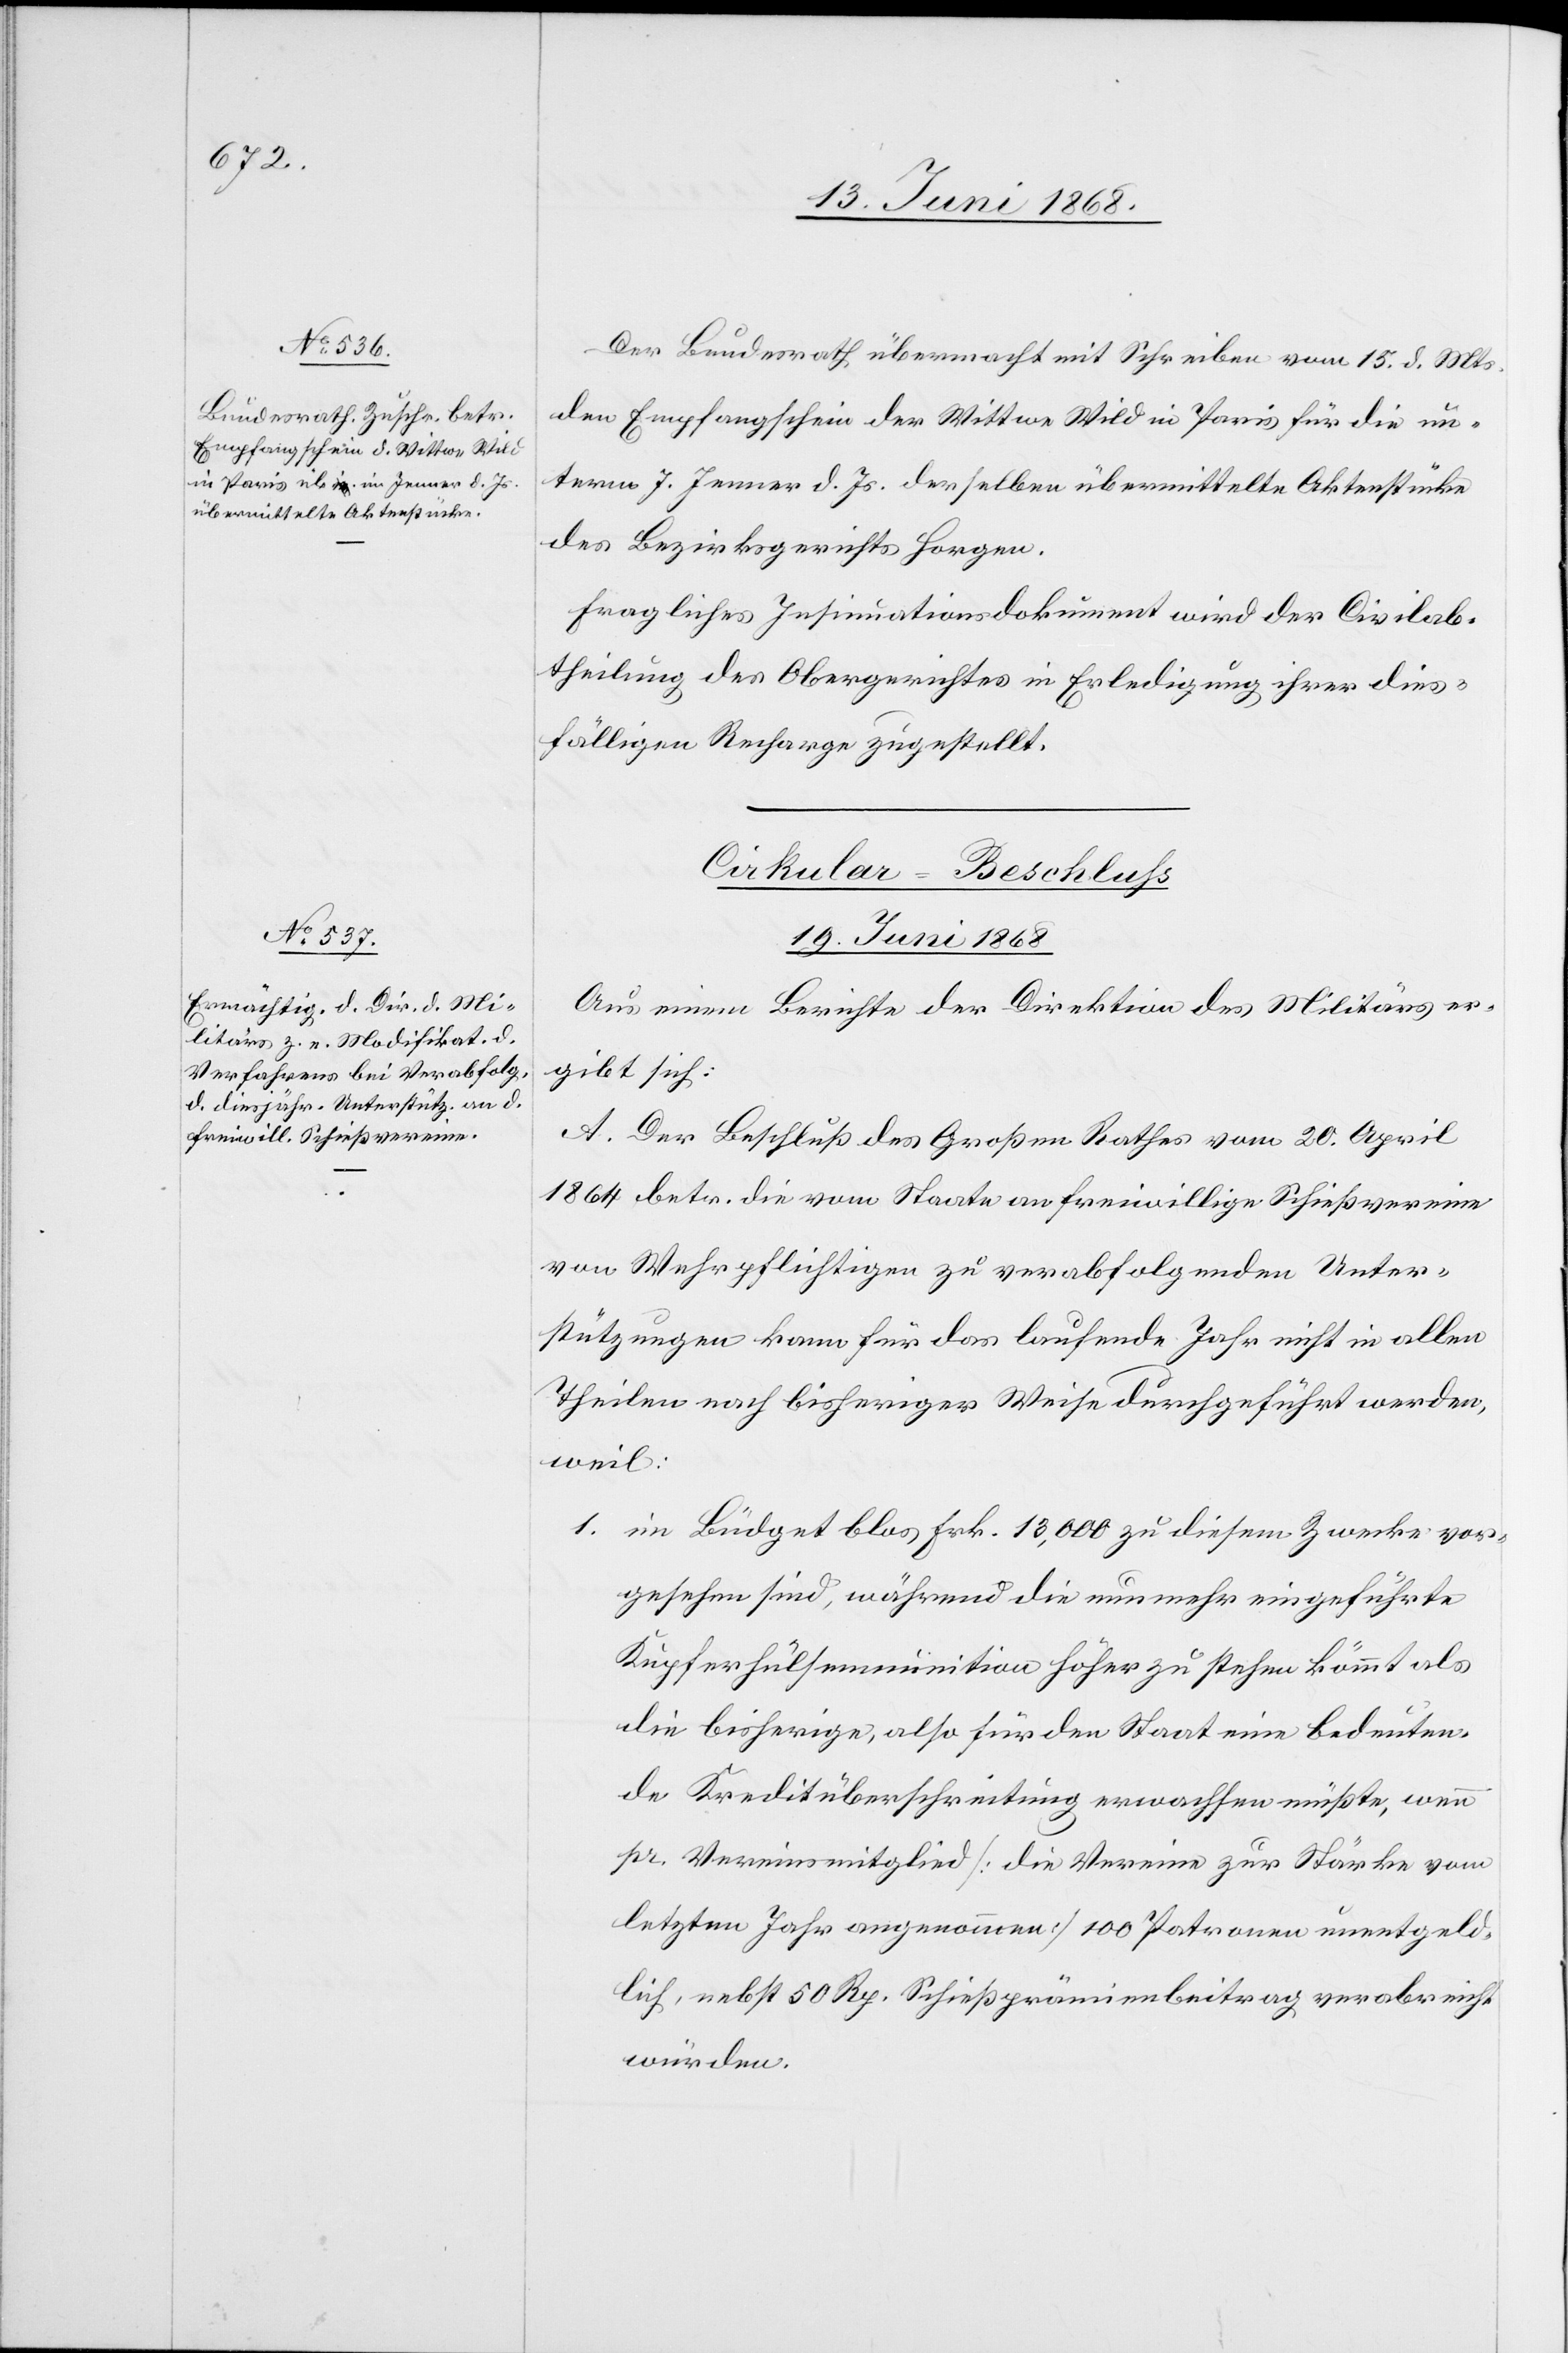
18. Juni 1868.]
Der Bundesrath übermacht mit Schreiben vom 15. d. Mts.
den Empfangschein der Wittwe Wild in Paris für die un¬
term 7. Jenner d. Js. derselben übermittelte Aktenstücke
des Bezirksgerichts Horgen.
Fragliches Insinuationsdokument wird der Civilab¬
theilung des Obergerichtes in Erledigung ihrer dies¬
fälligen Recharge zugestellt.
Cirkular-Beschluss
19. Juni 1868
Aus einem Berichte der Direktion des Militärs er¬
gibt sich:
A. Der Beschluß des Großen Rathes vom 20. April
1864 betr. die vom Staate an freiwillige Schießvereine
von Wehrpflichtigen zu verabfolgenden Unter¬
stützungen kann für das laufende Jahr nicht in allen
Theilen nach bisheriger Weise durchgeführt werden,
weil:
1. im Büdget blos Frk. 13,000 zu diesem Zwecke vor¬
gesehen sind, während die nunmehr eingeführte
Kupferhülsenmunition höher zu stehen kömmt als
die bisherige, also für den Staat eine bedeuten¬
de Kreditüberschreitung erwachsen müßte, wenn
pr. Vereinsmitglied [die Vereine zur Stärke vom
letzten Jahr angenommen] 100 Patronen unentgeld¬
lich, nebst 50 Rp. Schießprämienbeitrag verabreicht
würden.